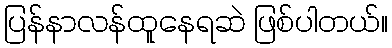
ပြန်နာလန်ထူနေရဆဲ ဖြစ်ပါတယ်။